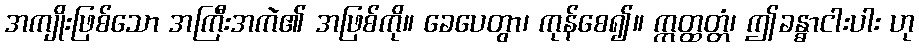
အကျိုးဖြစ်သော အကြီးအကဲ၏ အဖြစ်ကို။ ခေပေတွာ၊ ကုန်စေ၍။ ဣတ္ထတ္တံ၊ ဤခန္ဓာငါးပါး ဟု